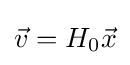
{\vec {v}}=H_{0}{\vec {x}}